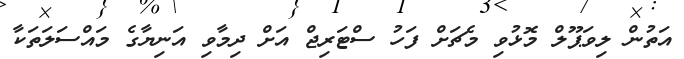
އަތުން ލިވަޕޫލް މޮޅުވި މެޗަށް ފަހު ސްޓަރިޖް އަށް ދިމާވި އަނިޔާގެ މައްސަލަތަކާ